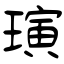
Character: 璌